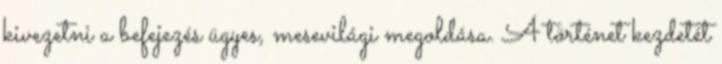
kivezetni a befejezés ügyes, mesevilági megoldása. A történet kezdetét